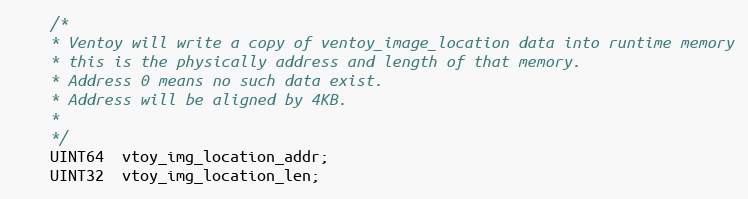
Language: C
	/*
	* Ventoy will write a copy of ventoy_image_location data into runtime memory
	* this is the physically address and length of that memory.
	* Address 0 means no such data exist.
	* Address will be aligned by 4KB.
	*
	*/
	UINT64  vtoy_img_location_addr;
	UINT32  vtoy_img_location_len;